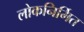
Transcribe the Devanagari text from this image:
लोकनिर्मित